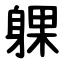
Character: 躶